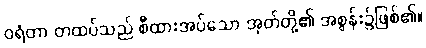
ဝရံတာ တထပ်သည် စီထားအပ်သော အုတ်တို့၏ အစွန်း၌ဖြစ်၏။